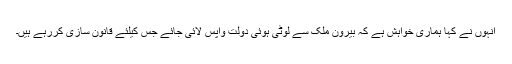
انہوں نے کہا ہماری خواہش ہے کہ بیرون ملک سے لوٹی ہوئی دولت واپس لائی جائے جس کیلئے قانون سازی کررہے ہیں۔